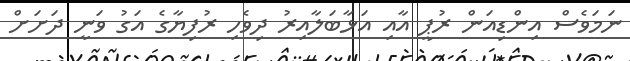
ނަމަވެސް އިންޑިއަން ރުޕީ އާއި އަޅާބަލާއިރު ދިވެހި ރުފިޔާގެ އަގު ވަނީ ދަށަށް